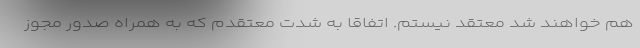
هم خواهند شد معتقد نیستم. اتفاقا به شدت معتقدم که به همراه صدور مجوز